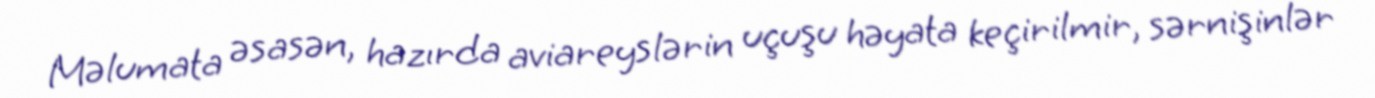
Məlumata əsasən, hazırda aviareyslərin uçuşu həyata keçirilmir, sərnişinlər